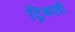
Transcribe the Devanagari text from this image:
ट्रिबली